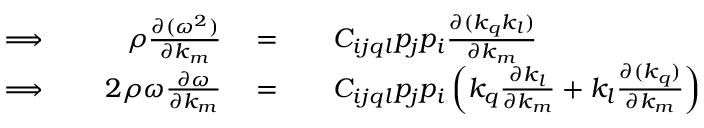
\begin{array} { r l r l r l } { \Longrightarrow \; } & { { } } & { \rho \frac { \partial ( \omega ^ { 2 } ) } { \partial k _ { m } } } & { { } = } & { } & { { } C _ { i j q l } p _ { j } p _ { i } \frac { \partial ( k _ { q } k _ { l } ) } { \partial k _ { m } } } \\ { \Longrightarrow \; } & { { } } & { 2 \rho \omega \frac { \partial \omega } { \partial k _ { m } } } & { { } = } & { } & { { } C _ { i j q l } p _ { j } p _ { i } \left( k _ { q } \frac { \partial k _ { l } } { \partial k _ { m } } + k _ { l } \frac { \partial ( k _ { q } ) } { \partial k _ { m } } \right) } \end{array}